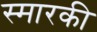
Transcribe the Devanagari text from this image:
स्मारकी